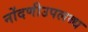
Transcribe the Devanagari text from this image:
नोंदणीउपलब्ध